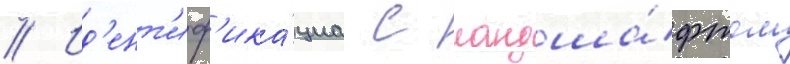
// Ид'ент'иф'ика́циа с ландша́фтом